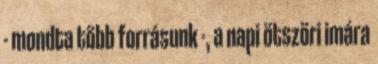
- mondta több forrásunk -, a napi ötszöri imára